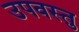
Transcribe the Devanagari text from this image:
उपवस्तु